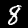
Label: 8